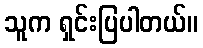
သူက ရှင်းပြပါတယ်။